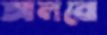
আলবো